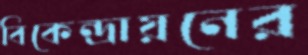
বিকেন্দ্রায়নের